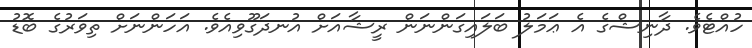
ހުއްޓެވެ. ދާނިޝްގެ އެ ޢަމަލު ބަލައިގަންނަން ރީޝާއަށް އުނދަގޫވިއެވެ. އަހަންނަށް ތިވަރުގެ ބޮޑު